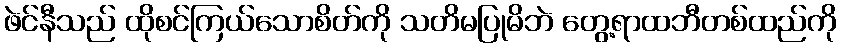
ဖဲင်နီသည် ထိုစင်ကြယ်သောစိတ်ကို သတိမပြုမိဘဲ တွေ့ရာထဘီတစ်ထည်ကို